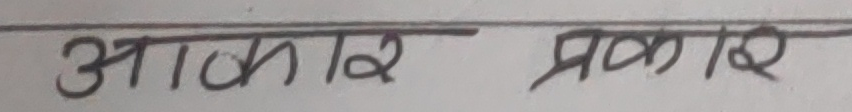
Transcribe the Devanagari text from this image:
आकार प्रकार